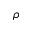
\rho